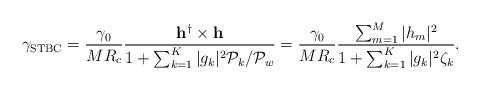
LaTeX: \begin{align*}\gamma_{\mathrm{STBC}} = \frac{\gamma_0}{MR_c}\frac{\mathbf{h}^{\dagger}\times \mathbf{h}}{1+\sum_{k=1}^{K}|g_k|^2\mathcal{P}_k/\mathcal{P}_w}=\frac{\gamma_0}{MR_c}\frac{\sum_{m=1}^{M}|h_m|^2}{1+\sum_{k=1}^{K}|g_k|^2\zeta_k}.\end{align*}